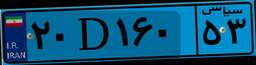
۲۰D۱۶۰۵۳